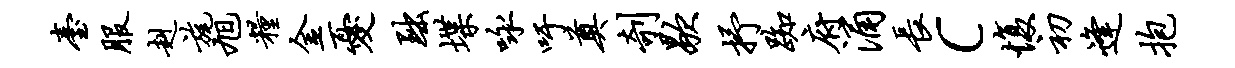
台服赳旄旭粮金忧黜堞咏吁奠剞歇抒踟府涌长c愎初逢抱